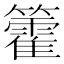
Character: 籗